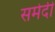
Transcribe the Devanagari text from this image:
समेदी